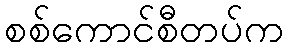
စစ်ကောင်စီတပ်က